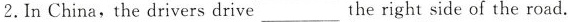
2. In China,the drivers drive___the right side of the road.